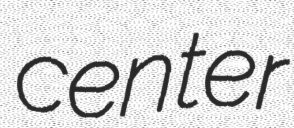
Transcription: center